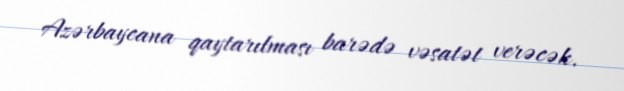
Azərbaycana qaytarılması barədə vəsatət verəcək.